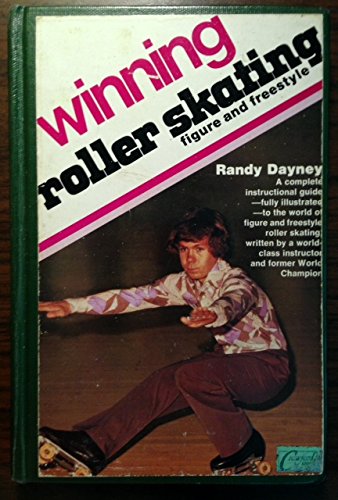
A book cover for Winning Roller Skating; Randy Dayney; Sports & Outdoors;